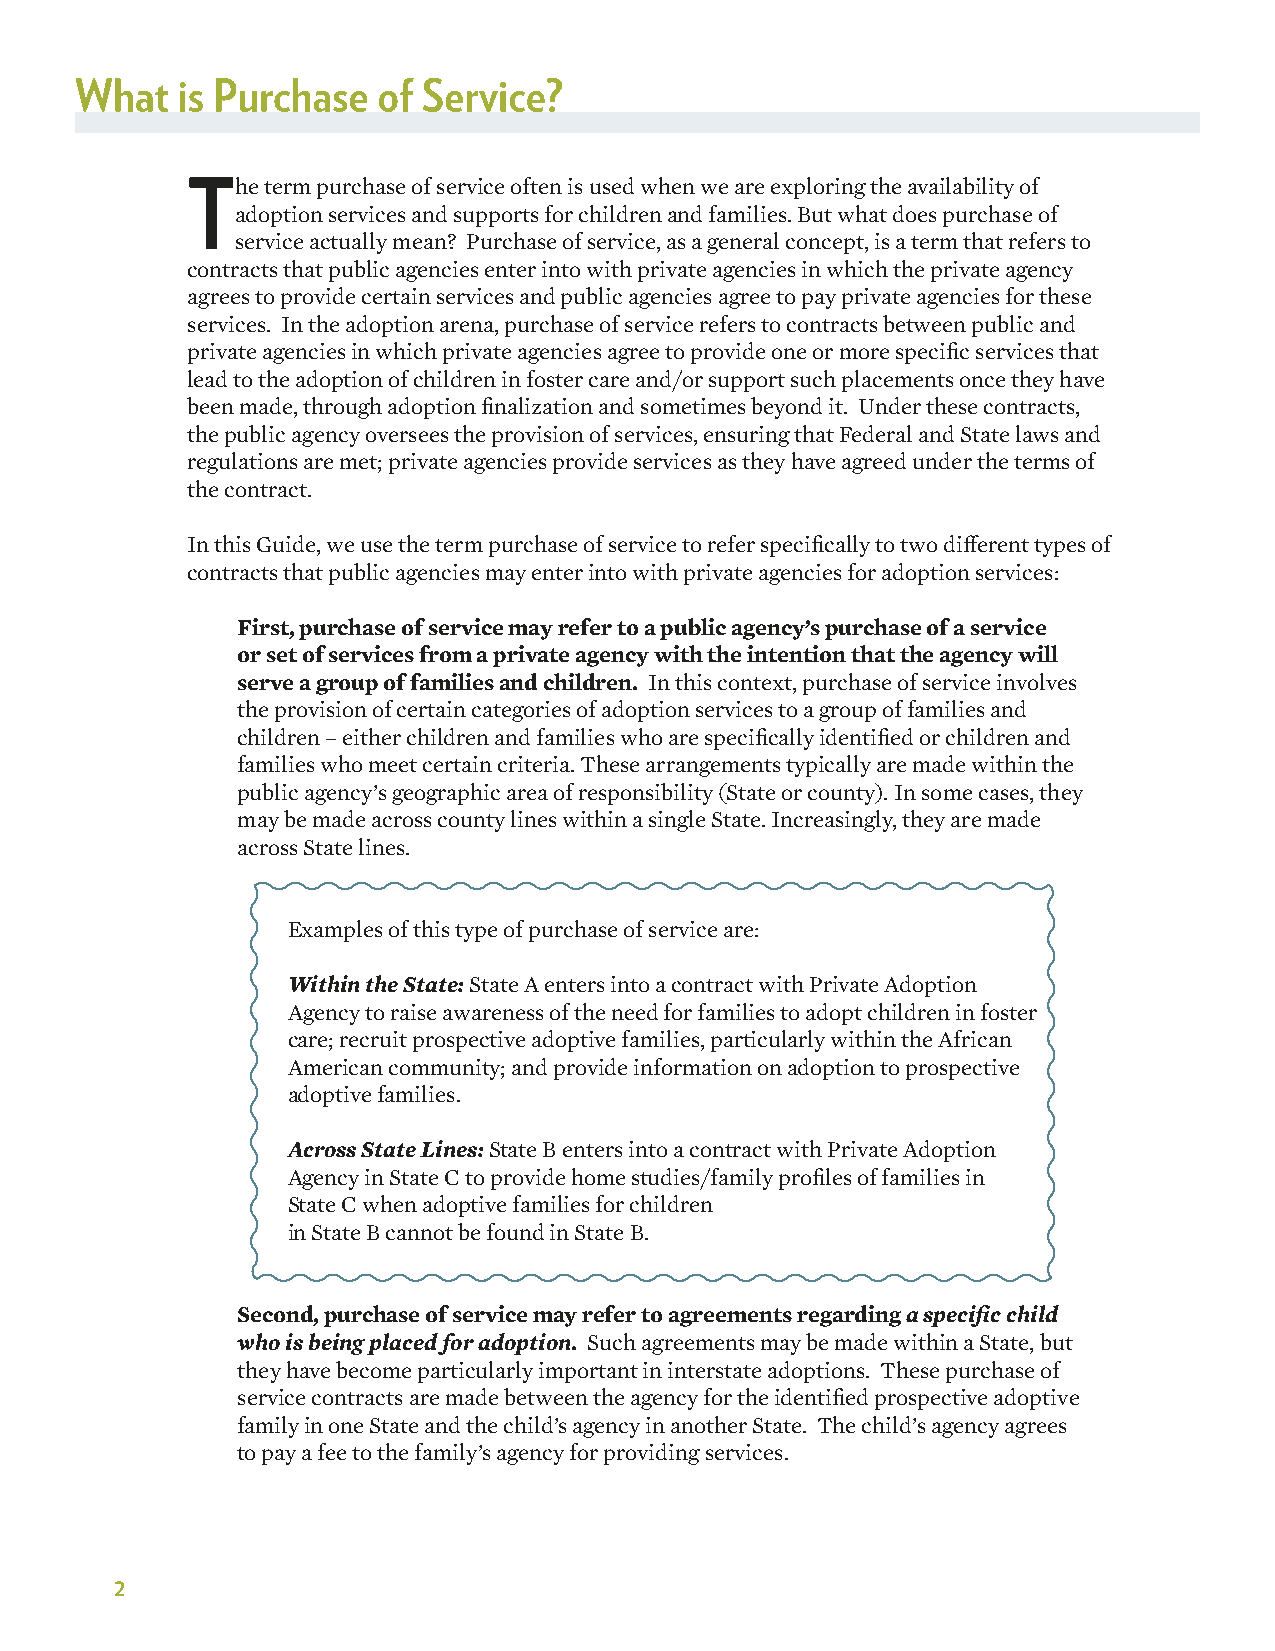
What   is Purchase  of Service?
 The  term purchase of service often is used when we are exploring the availability of
 adoption services and supports for children and families. But what does purchase of
 service actually mean? Purchase of service, as a general concept, is a term that refers to
 contracts that public agencies enter into with private agencies in which the private agency
 agrees to provide certain services and public agencies agree to pay private agencies for these
 services. In the adoption arena, purchase of service refers to contracts between public and
 private agencies in which private agencies agree to provide one or more specific services that
 lead to the adoption of children in foster care and/or support such placements once they have
 been made, through adoption finalization and sometimes beyond it. Under these contracts,
 the public agency oversees the provision of services, ensuring that Federal and State laws and
 regulations are met; private agencies provide services as they have agreed under the terms of
 the contract.
 In this Guide, we use the term purchase of service to refer specifically to two different types of
 contracts that public agencies may enter into with private agencies for adoption services:
 First, purchase of service may refer to a public agency’s purchase of a service
 or set of services from a private agency with the intention that the agency will
 serve a group of families and children. In this context, purchase of service involves
 the provision of certain categories of adoption services to a group of families and
 children – either children and families who are specifically identified or children and
 families who meet certain criteria. These arrangements typically are made within the
 public agency’s geographic area of responsibility (State or county). In some cases, they
 may be made across county lines within a single State. Increasingly, they are made
 across State lines.
 Examples of this type of purchase of service are:
 Within the State: State A enters into a contract with Private Adoption
 Agency to raise awareness of the need for families to adopt children in foster
 care; recruit prospective adoptive families, particularly within the African
 American community; and provide information on adoption to prospective
 adoptive families.
 Across State Lines: State B enters into a contract with Private Adoption
 Agency in State C to provide home studies/family profiles of families in
 State C when adoptive families for children
 in State B cannot be found in State B.
 Second, purchase of service may refer to agreements regarding a specific child
 who is being placed for adoption. Such agreements may be made within a State, but
 they have become particularly important in interstate adoptions. These purchase of
 service contracts are made between the agency for the identified prospective adoptive
 family in one State and the child’s agency in another State. The child’s agency agrees
 to pay a fee to the family’s agency for providing services.
 2